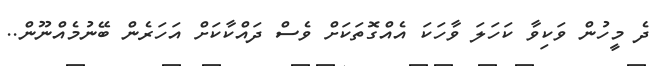
ދެ މީހުން ވަކިވާ ކަހަލަ ވާހަކަ އެއްގޮތަކަށް ވެސް ދައްކާކަށް އަހަރެން ބޭނުމެއްނޫން..